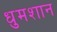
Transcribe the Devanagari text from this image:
धुमशान